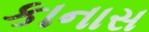
કાનાસ